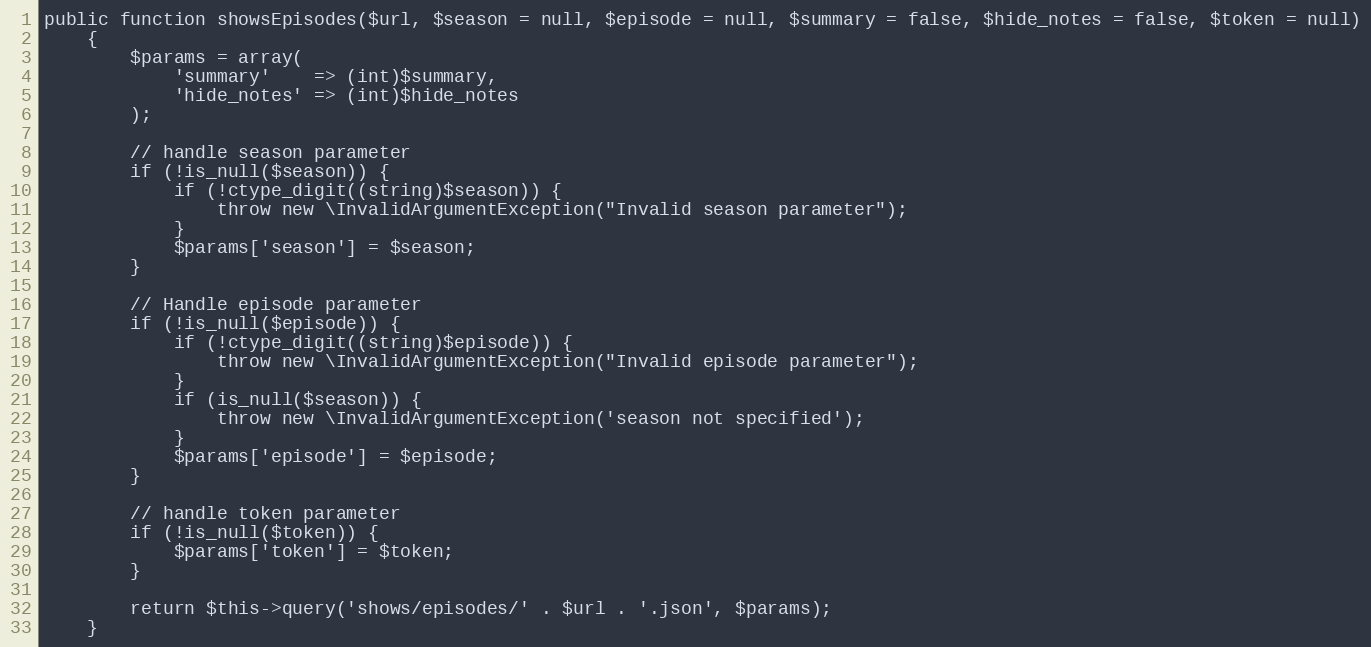
Language: PHP
public function showsEpisodes($url, $season = null, $episode = null, $summary = false, $hide_notes = false, $token = null)
    {
        $params = array(
            'summary'    => (int)$summary,
            'hide_notes' => (int)$hide_notes
        );

        // handle season parameter
        if (!is_null($season)) {
            if (!ctype_digit((string)$season)) {
                throw new \InvalidArgumentException("Invalid season parameter");
            }
            $params['season'] = $season;
        }

        // Handle episode parameter
        if (!is_null($episode)) {
            if (!ctype_digit((string)$episode)) {
                throw new \InvalidArgumentException("Invalid episode parameter");
            }
            if (is_null($season)) {
                throw new \InvalidArgumentException('season not specified');
            }
            $params['episode'] = $episode;
        }

        // handle token parameter
        if (!is_null($token)) {
            $params['token'] = $token;
        }

        return $this->query('shows/episodes/' . $url . '.json', $params);
    }